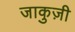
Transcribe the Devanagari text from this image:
जाकुज़ी